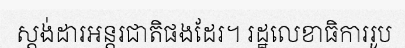
ស្តង់ដារអន្តរជាតិផងដែរ។ រដ្ឋលេខាធិការរូប